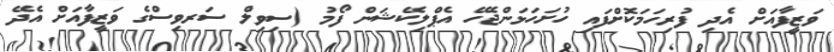
ވަޒީފާއަށް އެދި ފުރިހަމަކޮށްފައި ހުށަހަޅަންޖެހޭ އެޕްލިކޭޝަން ފޯމު (ސިވިލް ސަރވިސްގެ ވަޒީފާއަށް އެދޭ